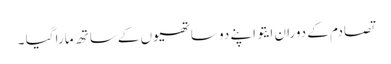
تصادم کے دوران ایتو اپنے دو ساتھیوں کے ساتھ مارا گیا ۔